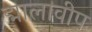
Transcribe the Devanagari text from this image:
द्मालावीप